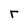
Character: r